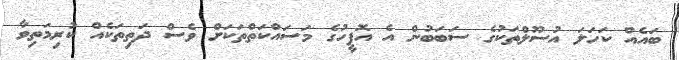
ބައެއް ކަހަލަ އުސޫލްތަކުގެ ސަބަބުން އެ އޮފީހުގެ މަސައްކަތްތަކަށް ވެސް ދަތިތަކެއް ކުރިމަތިވާ